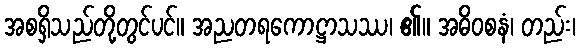
အစရှိသည်တို့တွင်ပင်။ အညတရကောဋ္ဌာသဿ၊ ၏။ အဓိဝစနံ၊ တည်း၊